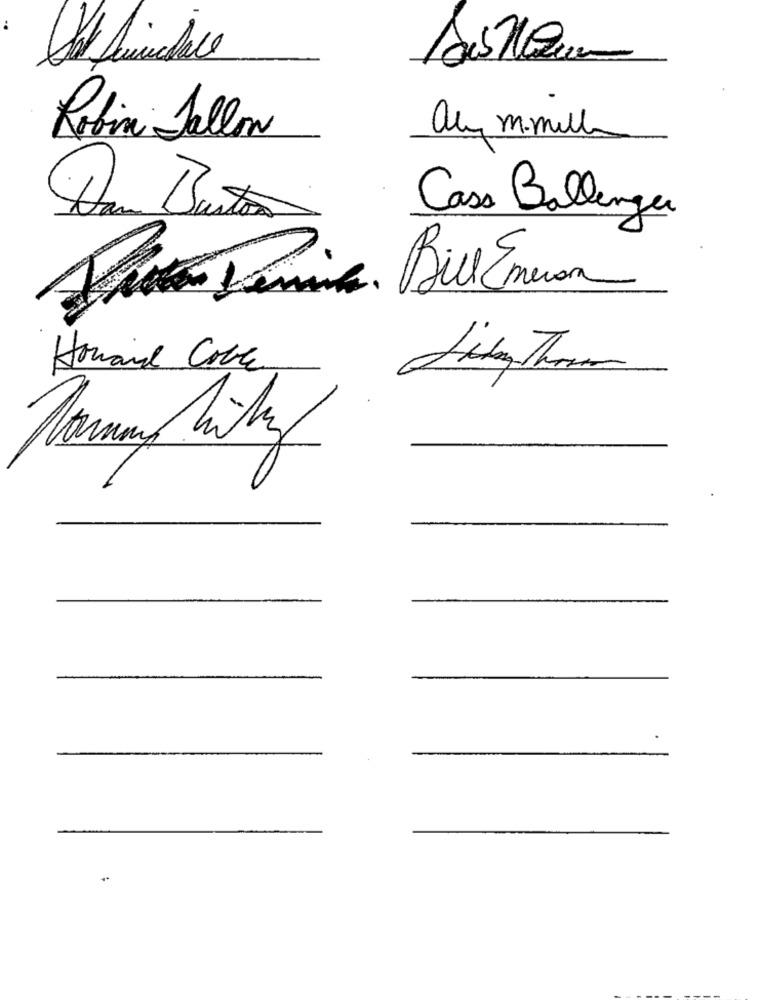
Robin Fallon
al m.mill
Cass Ballenger
Jemina
Bill Emerson
Howard Cole